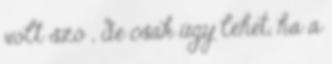
volt szó , de csak úgy lehet, ha a